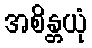
အစိန္တယုံ